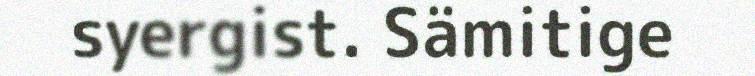
syergist. Sämitige